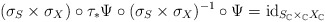
\begin{align*}(\sigma_{S}\times\sigma_{X})\circ\tau_{*}\Psi\circ(\sigma_{S}\times\sigma_{X})^{-1}\circ\Psi=\mathrm{id}_{S_{\mathbb{C}}\times_{\mathbb{C}}X_{\mathbb{C}}}\end{align*}